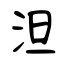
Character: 泹